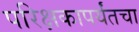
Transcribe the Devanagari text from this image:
परिक्षकापर्यंतचा